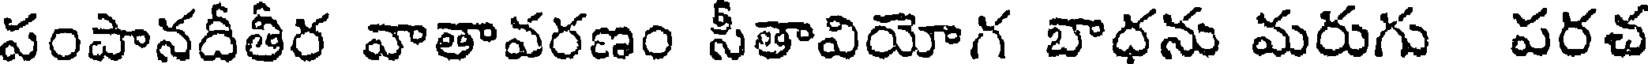
పంపానదీతీర వాతావరణం సీతావియోగ బాధను మరుగు పరచ